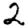
Digit: 2